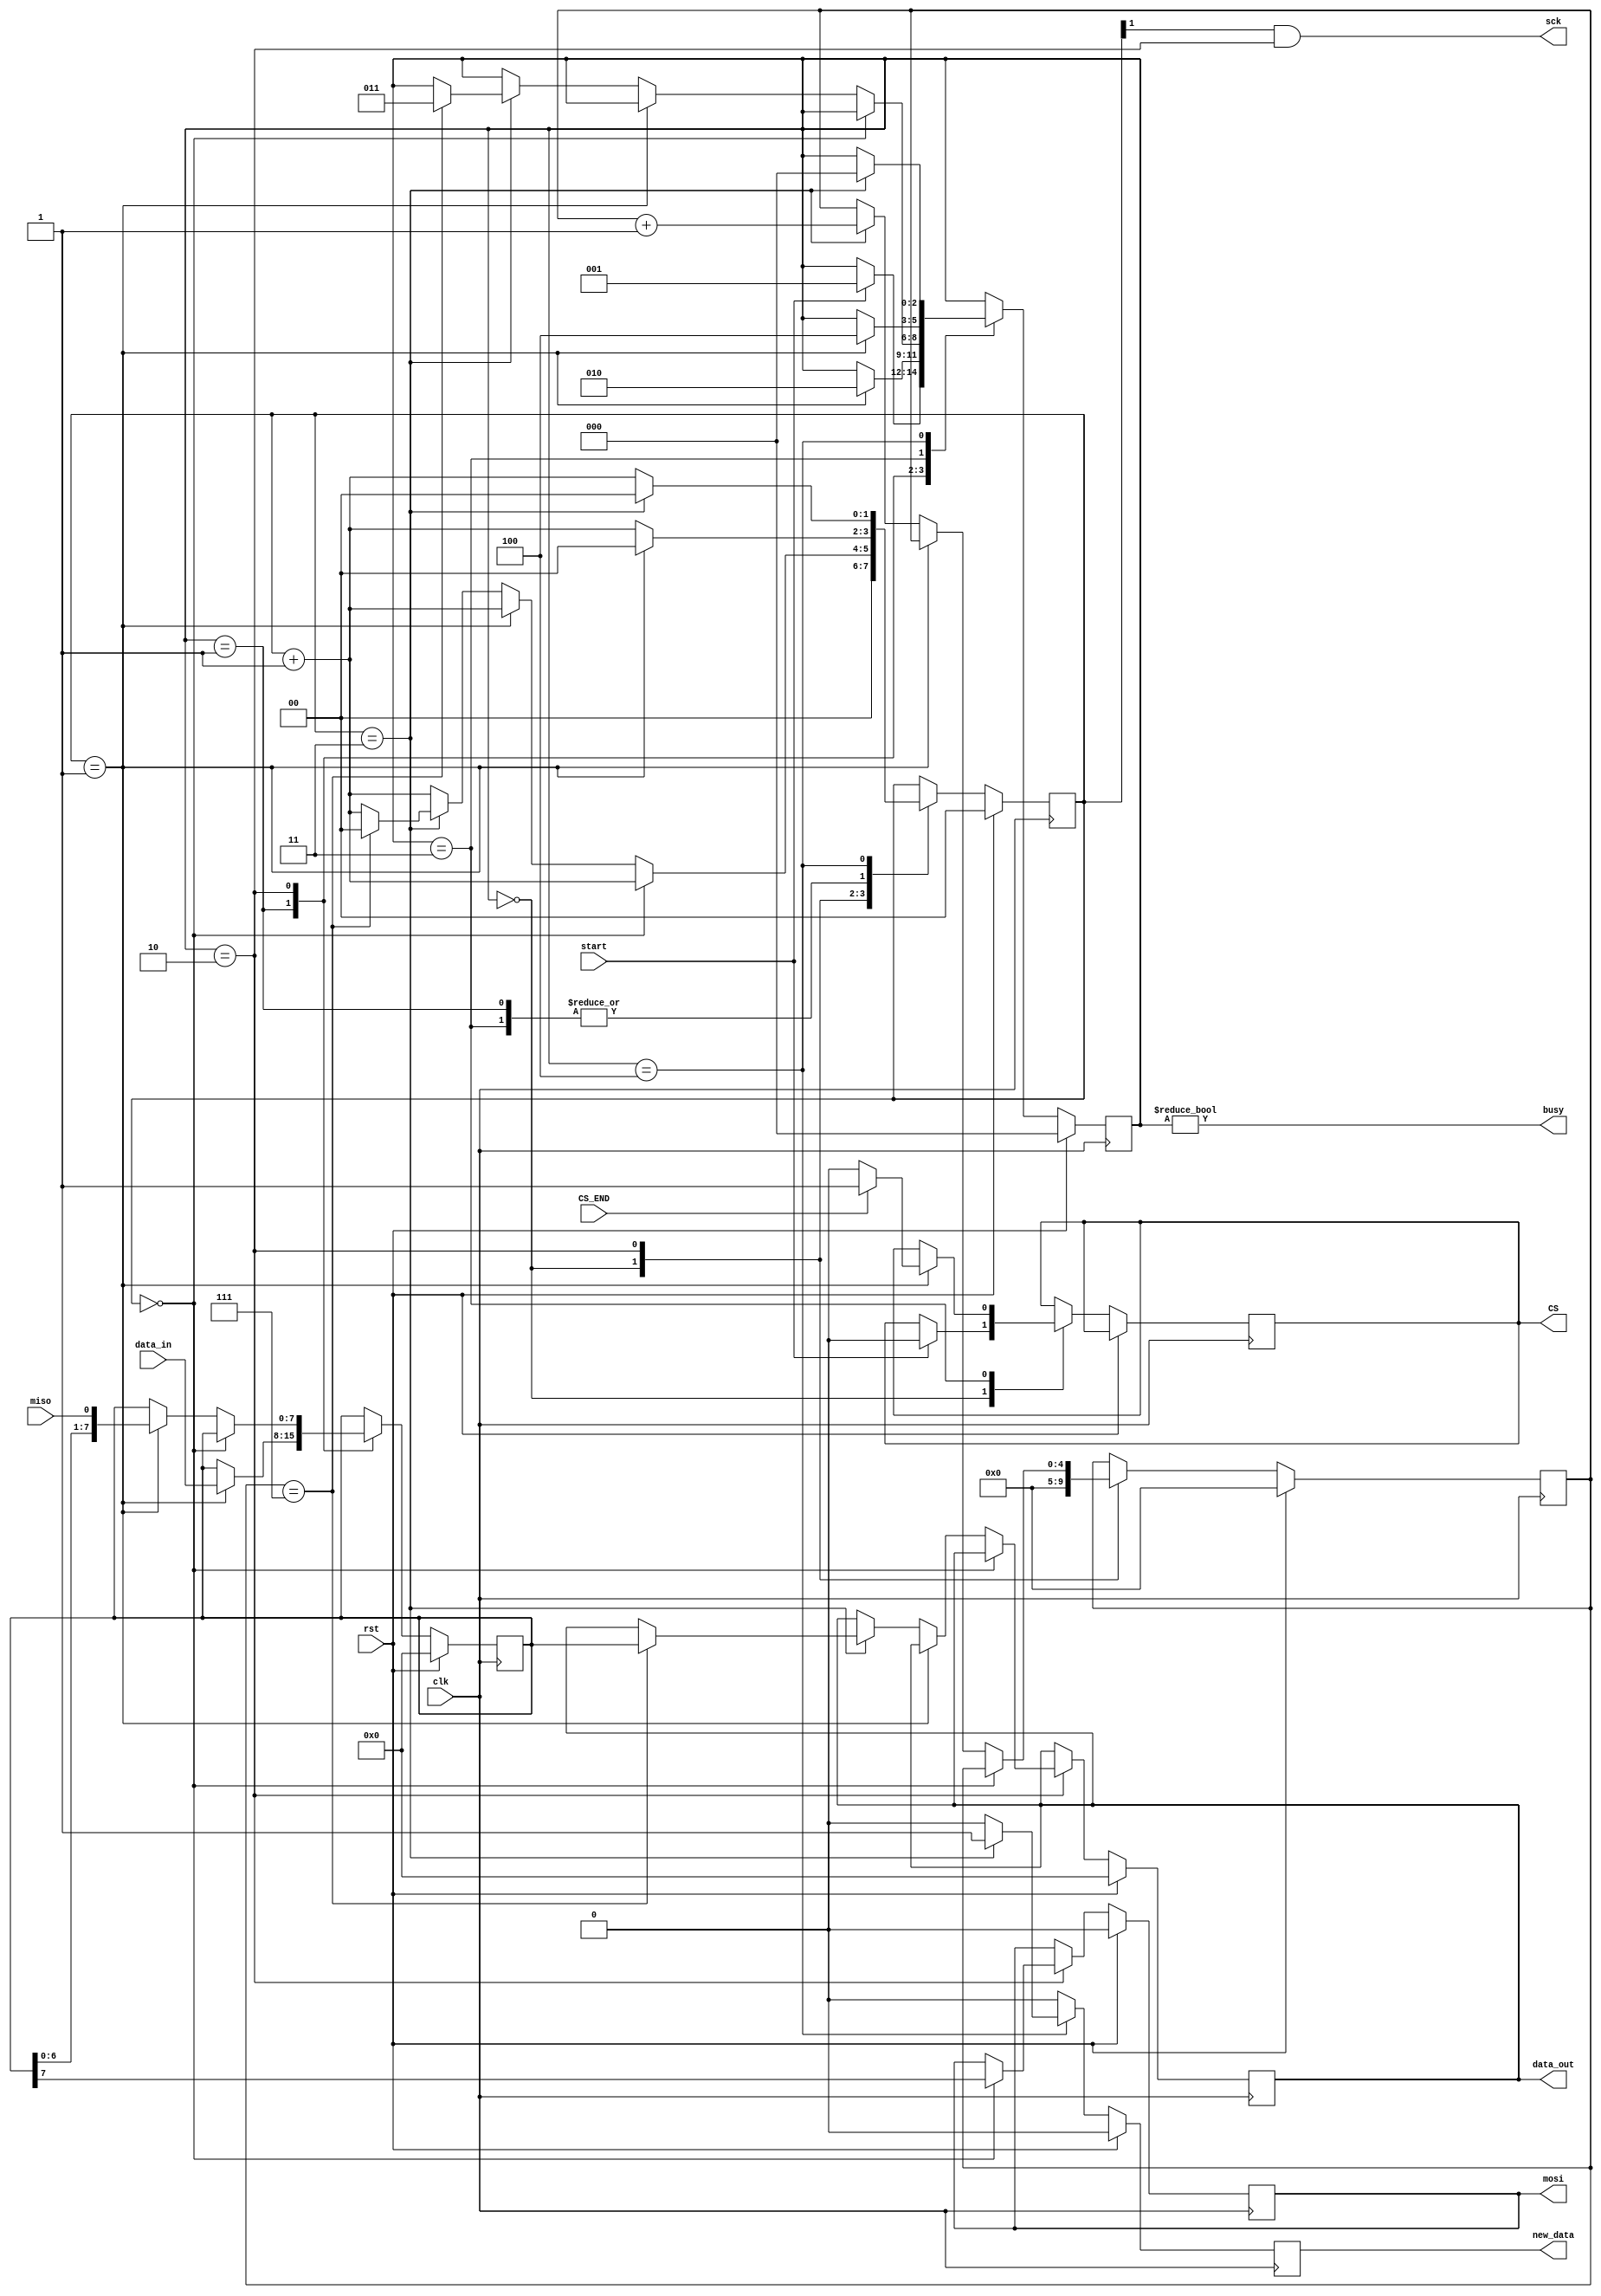
module tdc_spi_master2_5 #(parameter CLK_DIV = 2)(
    input clk,
    input rst,
    input miso,
    output mosi,
    output sck,
    input start,
    input[7:0] data_in,
    output[7:0] data_out,
    output busy,
    output new_data,
    output CS,
    input CS_END
  );
   
  localparam STATE_SIZE = 3;
  localparam IDLE = 3'd0,
    WAIT_HALF = 3'd1,
    TRANSFER = 3'd2,
    WAIT_BEFORE_CS = 3'd3,
    WAIT_DURING_CS = 3'd4;
   
  reg [STATE_SIZE-1:0] state_d, state_q;
  reg [7:0] data_d, data_q;
  reg [CLK_DIV-1:0] sck_d, sck_q;
  reg mosi_d, mosi_q;
  reg [4:0] ctr_d, ctr_q;
  reg new_data_d, new_data_q;
  reg [7:0] data_out_d, data_out_q;
  reg CS_d;
  reg CS_q = 1'b1;
   
  assign mosi = mosi_q;
  assign sck = (sck_q[CLK_DIV-1]) & (state_q == TRANSFER); // just ~sck_q[CLK_DIV-1] to make it falling edge.
  assign busy = state_q != IDLE;
  assign data_out = data_out_q;
  assign new_data = new_data_q;
  assign CS = CS_q;
   
  always @(*) begin
    sck_d = sck_q;
    data_d = data_q;
    mosi_d = mosi_q;
    ctr_d = ctr_q;
    new_data_d = 1'b0;
    data_out_d = data_out_q;
    state_d = state_q;
    CS_d=CS_q;
     
    case (state_q)
      IDLE: begin
        // CS_d = 1'b1;
        sck_d = 4'b0;              // reset clock counter
        ctr_d = 5'b0;              // reset bit counter
        if (start == 1'b1) begin   // if start command
          state_d = WAIT_HALF;     // change state
          CS_d = 1'b0;
        end
      end
     WAIT_HALF: begin // MAKE CS BEFORE MOSI & good data tken from addr_d
       // copy data to send
       sck_d = sck_q + 1'b1;                  // increment clock counter
       if (sck_q == {CLK_DIV-1{1'b1}}) begin  // if clock is half full (about to fall)
         sck_d = 1'b0;                        // reset to 0
         state_d = TRANSFER;   
         data_d = data_in;                // change state
        end
     end
      TRANSFER: begin
        sck_d = sck_q + 1'b1;                           // increment clock counter
        if (sck_q == 4'b0000) begin                     // if clock counter is 0
          mosi_d = data_q[7];                           // output the MSB of data
        end else if (sck_q == {CLK_DIV-1{1'b1}}) begin  // else if it's half full (about to fall)
          data_d = {data_q[6:0], miso};//sck_d>>7};//miso}; // read in data (shift in)
          
          //miso
        end else if (sck_q == {CLK_DIV{1'b1}}) begin    // else if it's full (about to rise)
          ctr_d = ctr_q + 1'b1;                         // increment bit counter
          if (ctr_q == 5'b111) begin                    // if we are on the last bit
            state_d = WAIT_BEFORE_CS;                             // change state
            data_out_d = data_q;                        // output data
            // signal data is valid
            sck_d = 4'b0; 
          end
        end
      end



     WAIT_BEFORE_CS: begin
       // data_d = data_in;
       sck_d = sck_q + 1'b1;                  // increment clock counter
       if (sck_q == {CLK_DIV-1{1'b1}}) begin  // if clock is half full (about to fall)
            
          if (CS_END==1'b1) begin
            CS_d=1'b1;
          end else begin
            CS_d=1'b0;
          end
            

            state_d = WAIT_DURING_CS; 
            sck_d=1'b0;

        end
     end

     WAIT_DURING_CS: begin
       // data_d = data_in;
       sck_d = sck_q + 1'b1;                  // increment clock counter
       if (sck_q == {CLK_DIV{1'b1}}) begin  // if clock is half full (about to fall)
         sck_d = 1'b0;                        // reset to 0
         state_d = IDLE;                  // change state
         new_data_d = 1'b1;   

        end
     end




    endcase
  end
   
  always @(posedge clk) begin
    if (rst) begin
      ctr_q <= 5'b0;
      data_q <= 24'b0;
      sck_q <= 4'b0;
      mosi_q <= 1'b0;
      state_q <= IDLE;
      data_out_q <= 24'b0;
      new_data_q <= 1'b0;
    end else begin
      ctr_q <= ctr_d;
      data_q <= data_d;
      sck_q <= sck_d;
      mosi_q <= mosi_d;
      state_q <= state_d;
      data_out_q <= data_out_d;
      new_data_q <= new_data_d;
      CS_q <= CS_d;
    end
  end
   
endmodule